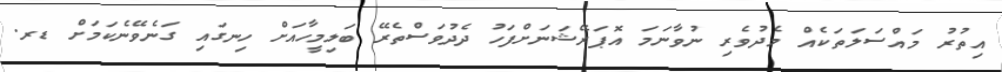
އިތުރު މައްސަލަތަކެއް މެދުވެރި ނުވާނަމަ އޮޕަރޭޝަނަށްފަހު ދެދުވަސްތެރޭ ބަލިމީހާއަށް ހިނގައި ގަނެވޭނެކަމަށް ޑރ.